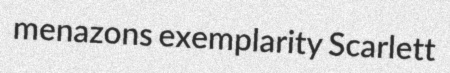
menazons exemplarity Scarlett